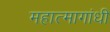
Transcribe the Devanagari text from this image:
महात्मागांधी